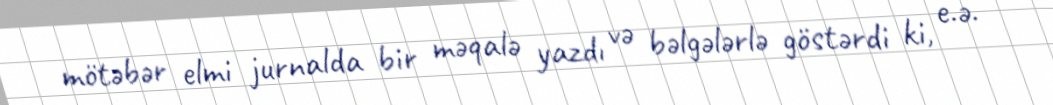
mötəbər elmi jurnalda bir məqalə yazdı və bəlgələrlə göstərdi ki, e.ə.